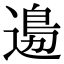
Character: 𨕙